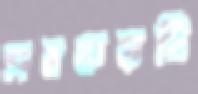
সবকয়টি